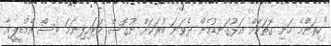
"ކިތަންމެ ހަނި ގޮތަކަށް އަޅުގަނޑުމެން ދެވަނަ ބުރަކަށް ނުގޮސް ކަޓައިފިނަމަ ވެސް އެމްޑީޕީއާ